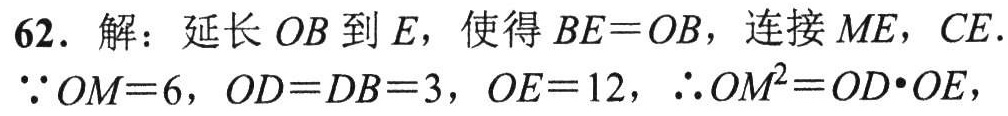
62. 解：延长 \(OB\) 到 \(E\)，使得 \(BE = OB\)，连接 \(ME\)，\(CE\).
\(\because OM = 6\)，\(OD = DB = 3\)，\(OE = 12\)，\(\therefore OM^{2}=OD\cdot OE\)，